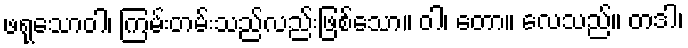
ဖရုသောဝါ၊ ကြမ်းတမ်းသည်လည်းဖြစ်သော။ ဝါ၊ တော။ လေသည်။ တဒါ၊